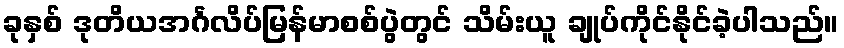
ခုနှစ် ဒုတိယအင်္ဂလိပ်မြန်မာစစ်ပွဲတွင် သိမ်းယူ ချုပ်ကိုင်နိုင်ခဲ့ပါသည်။